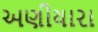
અણીયારા